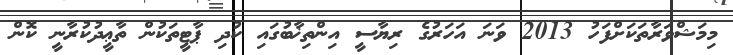
މިމަޝްވަރާތަކަށްފަހު 2013 ވަނަ އަހަރުގެ ރިޔާސީ އިންތިޚާބުގައި ކުދި ޕާޓީތަކުން ތާޢީދުކުރާނީ ކޮން